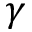
\ensuremath { \gamma }